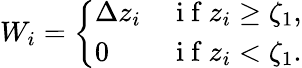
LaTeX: W_{i}=\left\{ \begin{array}{ll}{\Delta z_{i}}&{\mathrm{~i~f~}z_{i}\ge\zeta_{1},}\\ {0}&{\mathrm{~i~f~}z_{i}<\zeta_{1}.}\end{array}\right.